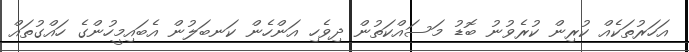
އަހަރުތަކެއް ކުރިން ކުރެވުނު ބޮޑު މަސައްކަތުން ދިވެހި އަންހެން ކަނބަލުން އެބައިމީހުންގެ ހައްގުތައް